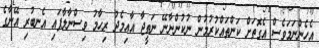
އެހެންނަމަވެސް އެގޮތަށް ކަންތައްކުރުމުން ނުކުންނާނޭ ނަތީޖާ އާއިމެދު ރިހާމު ވިސްނާލާފައި އެނބުރި އޭނާގެ